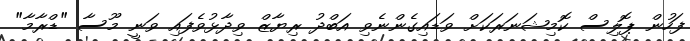
ފަހުން ޕޮލިސް ކޮމިޝަނަރަކަށް ވަޑައިގެންނެވި އަބްދު ރިޔާޒް ވިދާޅުވެފައި ވަނީ މޫސާ "ޑްރާމާ"